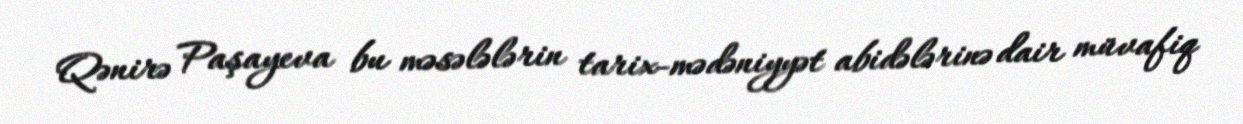
Qənirə Paşayeva bu məsələlərin tarix-mədəniyyət abidələrinə dair müvafiq